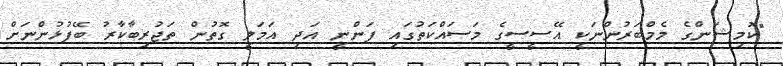
"ކޮމިޝަންގެ މެމްބަރުންނަކީ އޭސީސީގެ މަސައްކަތުގައި ފަންނީ އަދި އަމަލީ ގޮތުން ތަޖުރިބާކާރު ބޭފުޅުންނަށް